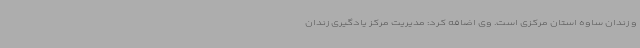
و زندان ساوه استان مرکزی است. وی اضافه کرد: مدیریت مرکز یادگیری زندان